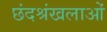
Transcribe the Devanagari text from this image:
छंदश्रंखलाओं